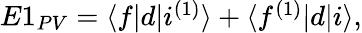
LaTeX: \begin{array}{r}{E1_{PV}=\langle f|d|i^{(1)}\rangle+\langle f^{(1)}|d|i\rangle,}\end{array}